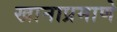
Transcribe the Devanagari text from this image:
खानाप्रमाणे